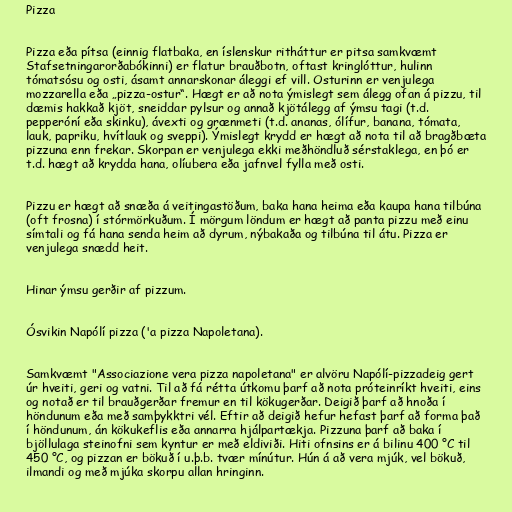
Pizza

Pizza eða pítsa (einnig flatbaka, en íslenskur ritháttur er pitsa samkvæmt
Stafsetningarorðabókinni) er flatur brauðbotn, oftast kringlóttur, hulinn
tómatsósu og osti, ásamt annarskonar áleggi ef vill. Osturinn er venjulega
mozzarella eða „pizza-ostur“. Hægt er að nota ýmislegt sem álegg ofan á pizzu, til
dæmis hakkað kjöt, sneiddar pylsur og annað kjötálegg af ýmsu tagi (t.d.
pepperóní eða skinku), ávexti og grænmeti (t.d. ananas, ólífur, banana, tómata,
lauk, papriku, hvítlauk og sveppi). Ýmislegt krydd er hægt að nota til að bragðbæta
pizzuna enn frekar. Skorpan er venjulega ekki meðhöndluð sérstaklega, en þó er
t.d. hægt að krydda hana, olíubera eða jafnvel fylla með osti.

Pizzu er hægt að snæða á veitingastöðum, baka hana heima eða kaupa hana tilbúna
(oft frosna) í stórmörkuðum. Í mörgum löndum er hægt að panta pizzu með einu
símtali og fá hana senda heim að dyrum, nýbakaða og tilbúna til átu. Pizza er
venjulega snædd heit.

Hinar ýmsu gerðir af pizzum.

Ósvikin Napólí pizza ('a pizza Napoletana).

Samkvæmt "Associazione vera pizza napoletana" er alvöru Napólí-pizzadeig gert
úr hveiti, geri og vatni. Til að fá rétta útkomu þarf að nota próteinríkt hveiti, eins
og notað er til brauðgerðar fremur en til kökugerðar. Deigið þarf að hnoða í
höndunum eða með samþykktri vél. Eftir að deigið hefur hefast þarf að forma það
í höndunum, án kökukeflis eða annarra hjálpartækja. Pizzuna þarf að baka í
bjöllulaga steinofni sem kyntur er með eldiviði. Hiti ofnsins er á bilinu 400 °C til
450 °C, og pizzan er bökuð í u.þ.b. tvær mínútur. Hún á að vera mjúk, vel bökuð,
ilmandi og með mjúka skorpu allan hringinn.